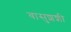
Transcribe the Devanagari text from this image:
वासुशशी